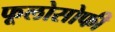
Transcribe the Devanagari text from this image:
फूलोसोफी